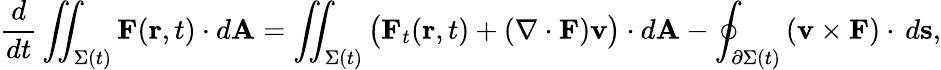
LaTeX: {\frac{d}{dt}}\iint_{\Sigma(t)}\mathbf{F}(\mathbf{r},t)\cdot d\mathbf{A}=\iint_{\Sigma(t)}{\big(}\mathbf{F}_{t}(\mathbf{r},t)+\left(\nabla\cdot\mathbf{F}\right)\mathbf{v}{\big)}\cdot d\mathbf{A}-\oint_{\partial\Sigma(t)}\left(\mathbf{v}\times\mathbf{F}\right)\cdot\, d\mathbf{s},